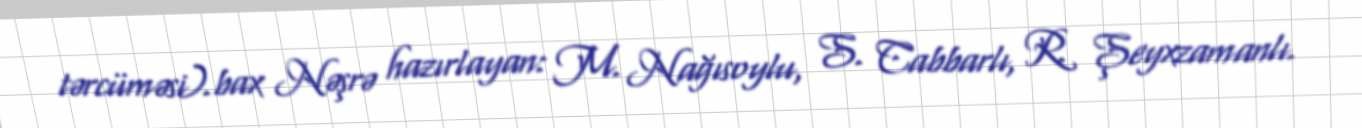
tərcüməsi).bax Nəşrə hazırlayan: M. Nağısoylu, S. Cabbarlı, R. Şeyxzamanlı.